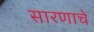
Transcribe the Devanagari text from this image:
सारणाचे